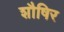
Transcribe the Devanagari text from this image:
शौषिर